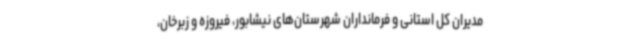
مدیران کل استانی و فرمانداران شهرستان‌های نیشابور، فیروزه و زبرخان،